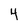
Character: 4